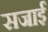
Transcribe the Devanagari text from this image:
सजाईं